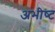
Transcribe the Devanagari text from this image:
अभीष्‍ट